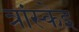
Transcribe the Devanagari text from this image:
त्रांस्केइ